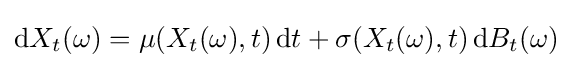
\mathrm {d} X_{t}(\omega )=\mu (X_{t}(\omega ),t)\,\mathrm {d} t+\sigma (X_{t}(\omega ),t)\,\mathrm {d} B_{t}(\omega )